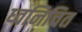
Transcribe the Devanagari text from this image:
ध्वनिचित